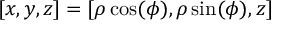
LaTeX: [ x , y , z ] = [ \rho \cos ( \phi ) , \rho \sin ( \phi ) , z ]